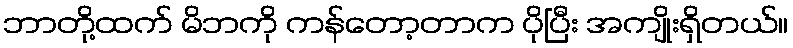
ဘာတို့ထက် မိဘကို ကန်တော့တာက ပိုပြီး အကျိုးရှိတယ်။